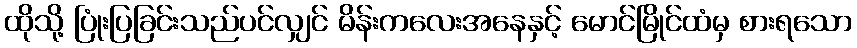
ထိုသို့ ပြုံးပြခြင်းသည်ပင်လျှင် မိန်းကလေးအနေနှင့် မောင်မြိုင်ထံမှ စားရသော